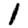
Digit: 1